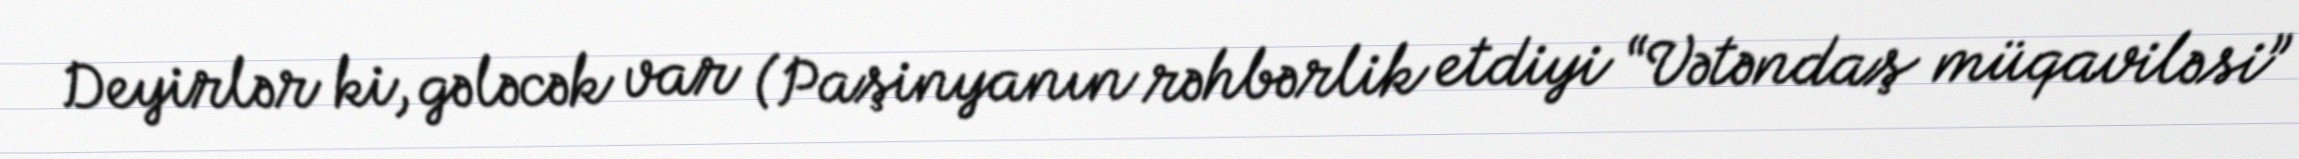
Deyirlər ki, gələcək var (Paşinyanın rəhbərlik etdiyi “Vətəndaş müqaviləsi”